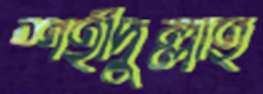
শহীদুল্লাহ